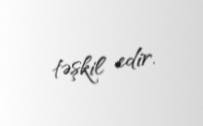
təşkil edir.